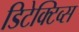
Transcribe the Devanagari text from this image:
डिटेक्टिव्स